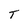
Character: T